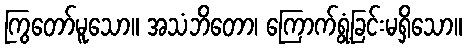
ကြွတော်မူသော။ အသံဘိတော၊ ကြောက်ရွံ့ခြင်းမရှိသော။